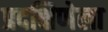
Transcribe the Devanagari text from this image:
प्रदक्षिणेला